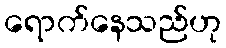
ရောက်နေသည်ဟု